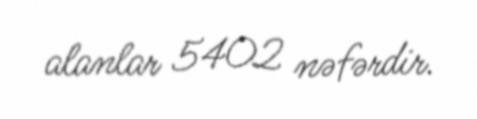
alanlar 5402 nəfərdir.